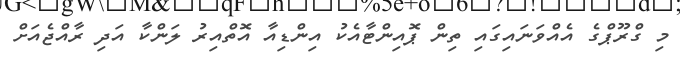
މި ގްރޫޕްގެ އެއްވަނައިގައި ތިން ޕޮއިންޓާއެކު އިންޑިއާ އޮތްއިރު ލަންކާ އަދި ރާއްޖެއަށް